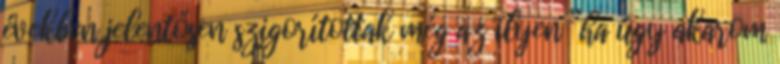
években jelentősen szigorítottak még az ilyen “ha úgy akarom